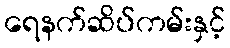
ရေနက်ဆိပ်ကမ်းနှင့်